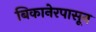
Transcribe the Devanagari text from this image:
बिकानेरपासून